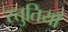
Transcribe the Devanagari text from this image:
स्‍तुतियाँ